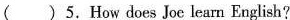
( )5.How does Joe learn English?